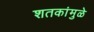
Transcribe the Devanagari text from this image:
शतकांमुळे